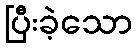
ပြီးခဲ့သော